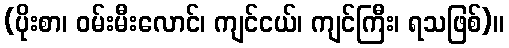
(ပိုးစာ၊ ဝမ်းမီးလောင်၊ ကျင်ငယ်၊ ကျင်ကြီး၊ ရသဖြစ်)။